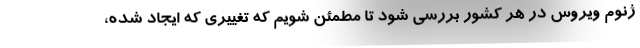
ژنوم ویروس در هر کشور بررسی شود تا مطمئن شویم که تغییری که ایجاد شده،